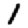
Digit: 1